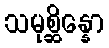
သမုစ္ဆိန္နော